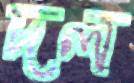
দল